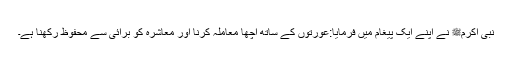
نبی اکرمﷺ نے اپنے ایک پیغام میں فرمایا:عورتوں کے ساتھ اچھا معاملہ کرنا اور معاشرہ کو برائی سے محفوظ رکھنا ہے۔